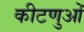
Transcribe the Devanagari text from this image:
कीटणुओं